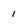
Character: 1